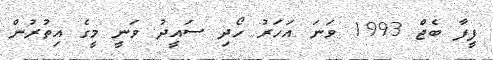
ފީފާ ބެޖް 1993 ވަނަ އަހަރު ހޯދި ސައީދު ވަނީ މީގެ އިތުރުން